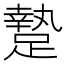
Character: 䠟